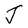
Character: J